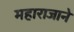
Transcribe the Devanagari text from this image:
महाराजाने